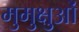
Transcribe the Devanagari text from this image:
मुमुक्षुओं